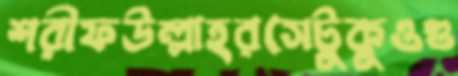
শরীফউল্লাহরসেটুকুওগু